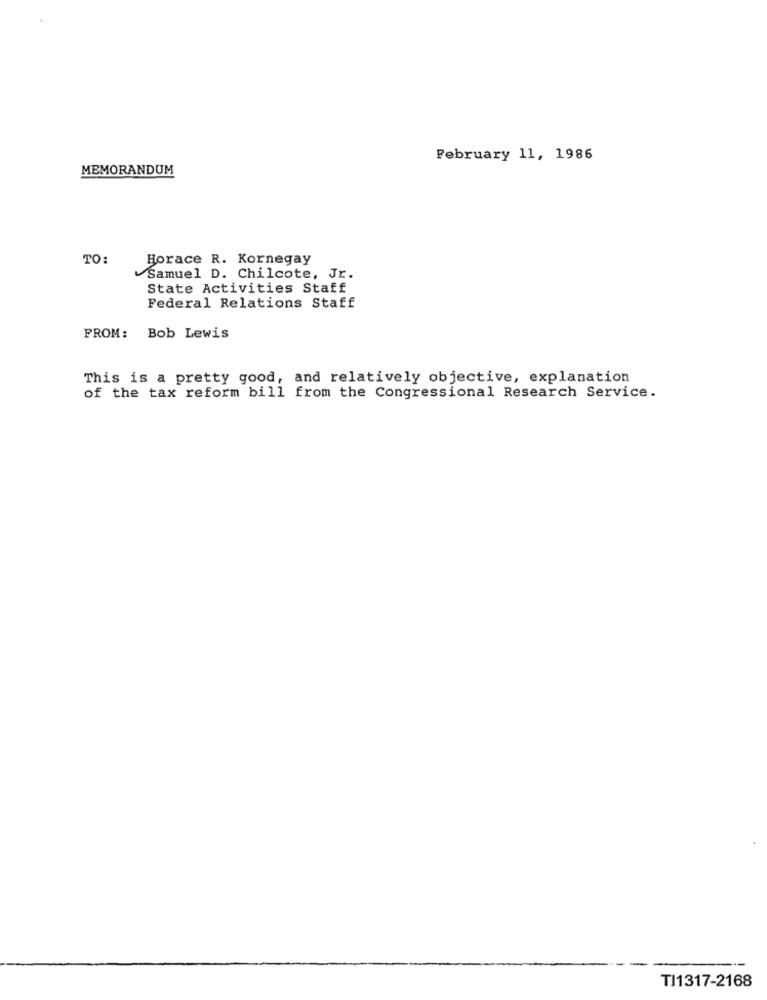
February 11, 1986
MEMORANDUM
TO:
Horace R. Kornegay
Samuel D. Chilcote, Jr.
State Activities Staff
Federal Relations Staff
FROM:
Bob Lewis
This is a pretty good, and relatively objective, explanation
of the tax reform bill from the Congressional Research Service.
TI1317-2168